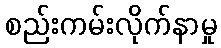
စည်းကမ်းလိုက်နာမှု